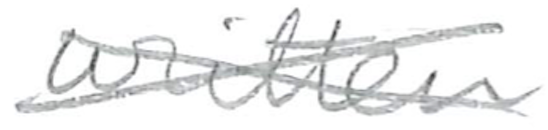
Text: written
Cross-out: cross
Writing tool: pencil